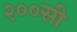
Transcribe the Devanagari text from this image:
२००सी